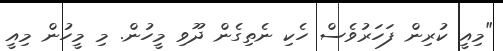
"މިއީ ކުރިން ފަހަރުވެސް ހެކި ނެތިގެން ދޫވި މީހުން. މި މީހުން މިއީ